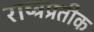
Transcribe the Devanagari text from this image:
राष्ट्रप्रतीक